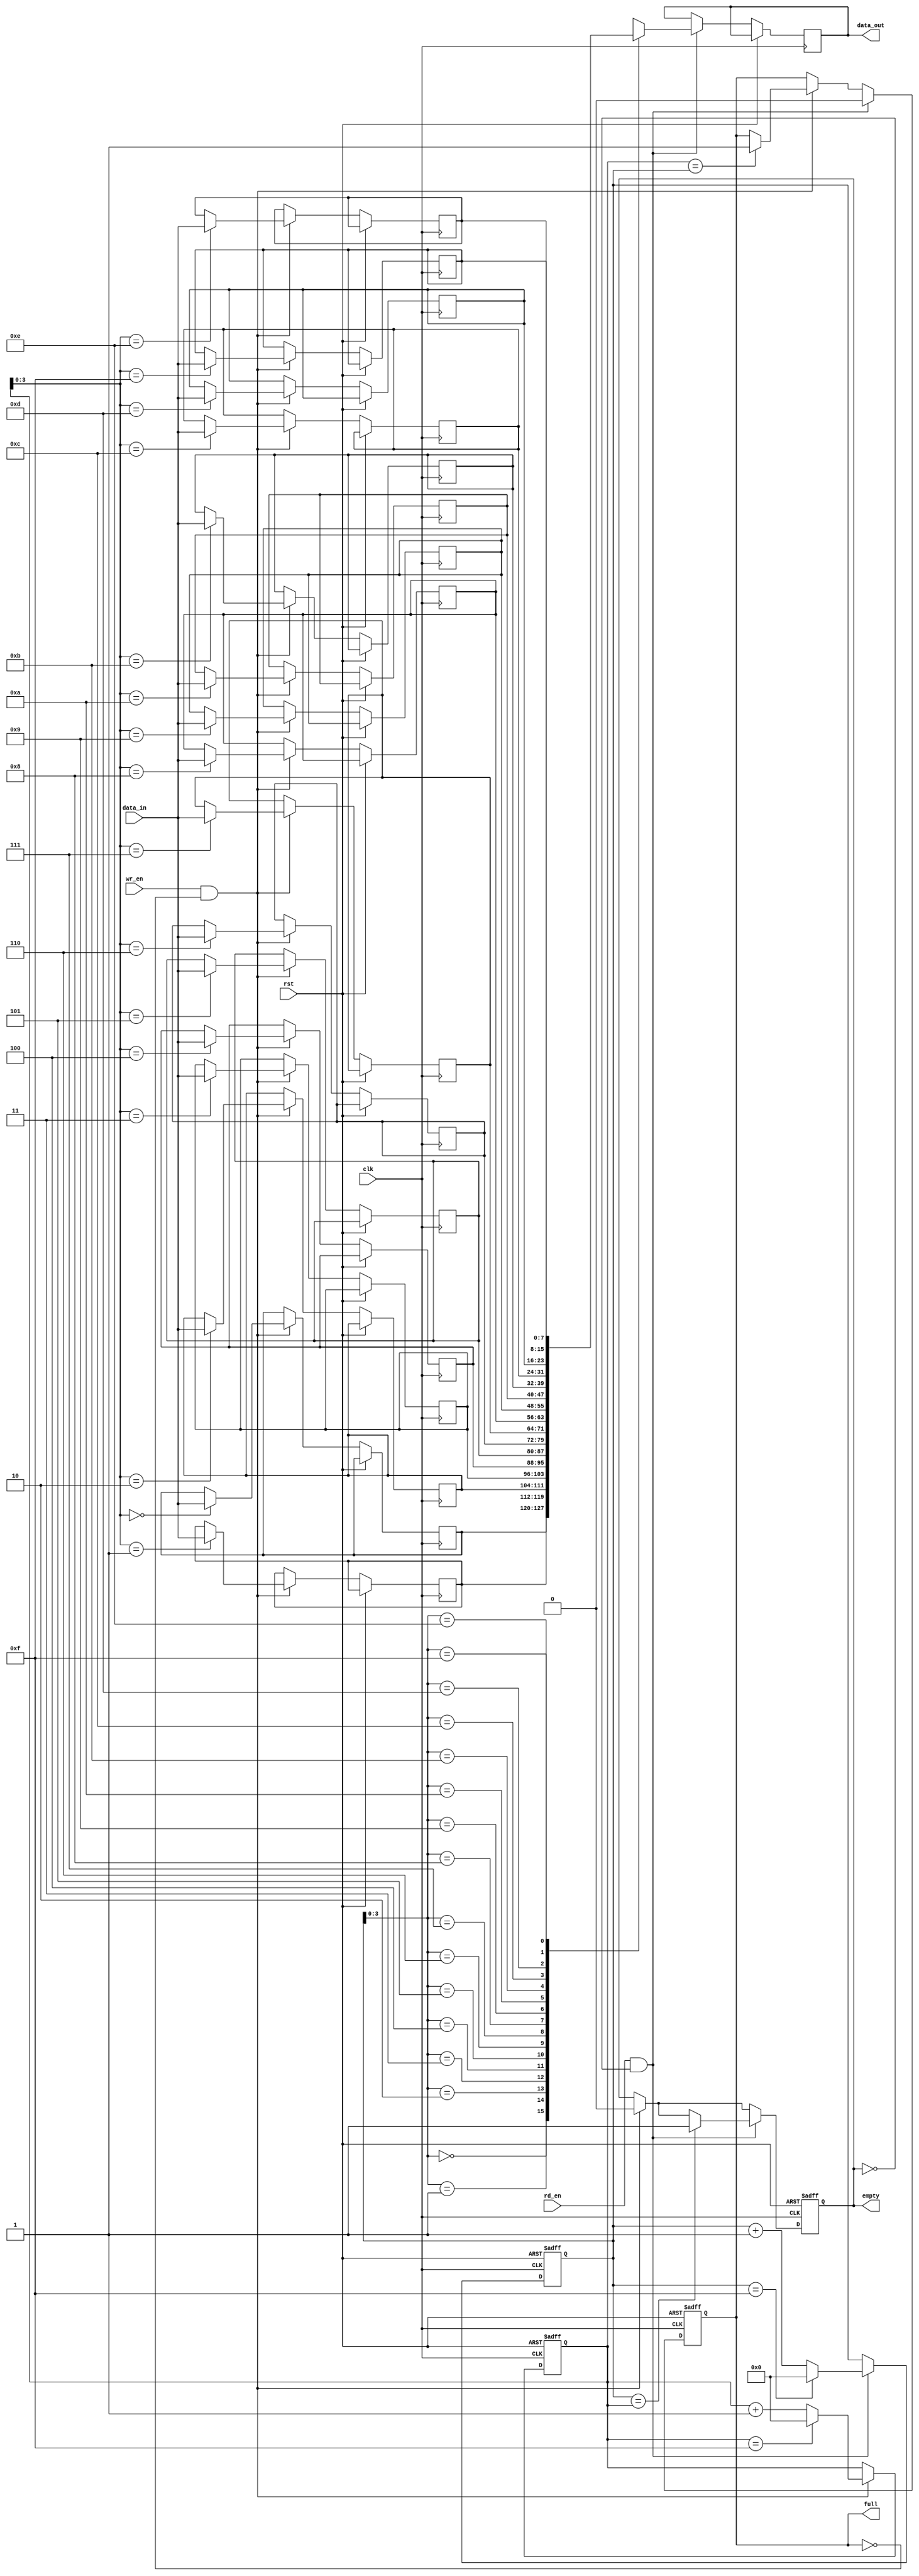
module synchronous_fifo (
    input wire clk,
    input wire rst,
    input wire wr_en,
    input wire rd_en,
    input wire [DATA_WIDTH-1:0] data_in,
    output reg [DATA_WIDTH-1:0] data_out,
    output reg full,
    output reg empty
);

localparam DEPTH = 16;
localparam DATA_WIDTH = 8;

reg [DATA_WIDTH-1:0] buffer [0:DEPTH-1];
reg [DATA_WIDTH-1:0] read_pointer;
reg [DATA_WIDTH-1:0] write_pointer;

always @(posedge clk or posedge rst)
begin
    if (rst)
    begin
        read_pointer <= 0;
        write_pointer <= 0;
        full <= 0;
        empty <= 1;
    end
    else
    begin
        if (wr_en && !full)
        begin
            buffer[write_pointer] <= data_in;
            write_pointer <= write_pointer + 1;
            if (write_pointer == DEPTH - 1)
                write_pointer <= 0;
            if (write_pointer == read_pointer)
                full <= 1;
            empty <= 0;
        end

        if (rd_en && !empty)
        begin
            data_out <= buffer[read_pointer];
            read_pointer <= read_pointer + 1;
            if (read_pointer == DEPTH - 1)
                read_pointer <= 0;
            if (read_pointer == write_pointer)
                empty <= 1;
            full <= 0;
        end
    end
end

endmodule